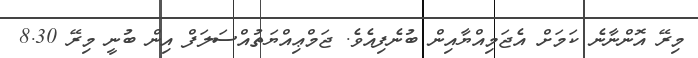
މިރޭ އޮންނާނެ ކަމަށް އެޖަމިއްޔާއިން ބުނެފިއެވެ. ޖަމްޢިއްޔަތުއްސަލަފް އިން ބުނީ މިރޭ 8.30